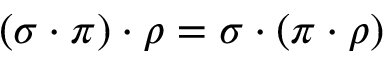
( \sigma \cdot \pi ) \cdot \rho = \sigma \cdot ( \pi \cdot \rho )